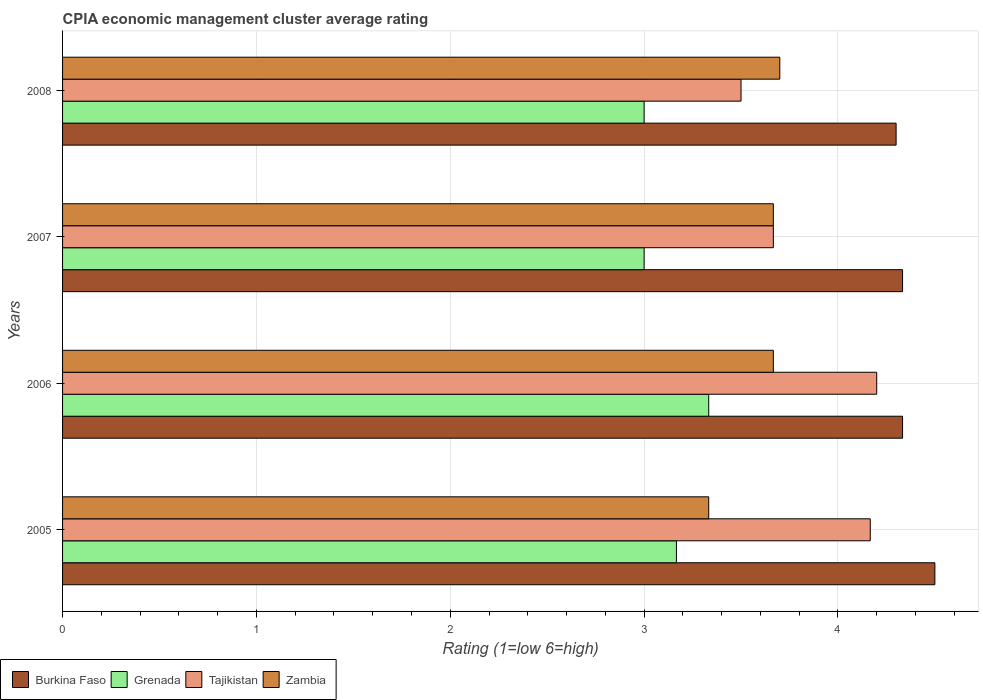
| Years | Burkina Faso | Grenada | Tajikistan | Zambia |
 | --- | --- | --- | --- | --- |
 | 2005 | 4.5 | 3.17 | 4.17 | 3.33 |
 | 2006 | 4.33 | 3.33 | 4.2 | 3.67 |
 | 2007 | 4.33 | 3 | 3.67 | 3.67 |
 | 2008 | 4.3 | 3 | 3.5 | 3.7 |